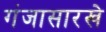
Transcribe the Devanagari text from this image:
गंजासारखे